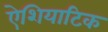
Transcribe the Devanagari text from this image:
ऐशियाटिक